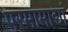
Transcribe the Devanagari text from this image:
परमामाद्यां